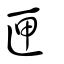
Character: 匣